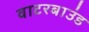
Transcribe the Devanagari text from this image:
वाटरबाउंड